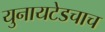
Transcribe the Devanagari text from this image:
युनायटेडचाच